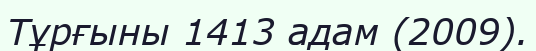
Тұрғыны 1413 адам (2009).